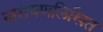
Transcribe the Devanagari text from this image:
नारायणलिखित